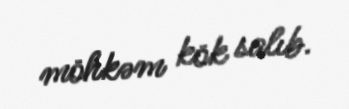
möhkəm kök salıb.